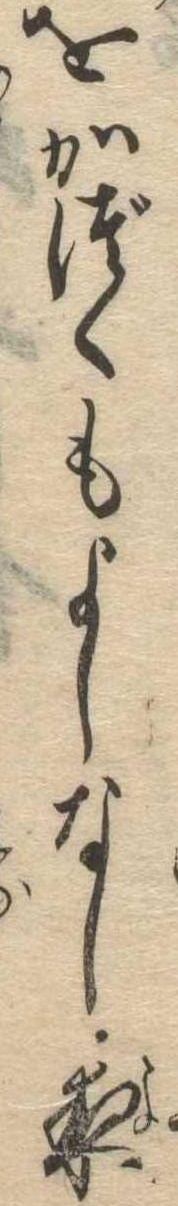
をかづくもよしなし夜